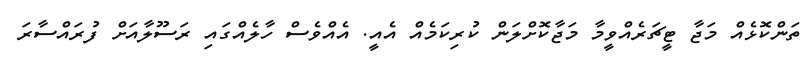
ތަންކޮޅެއް މަޖާ ޓީޗަރެއްވީމާ މަޖާކޮށްލަން ކުރިކަމެއް އެއީ. އެއްވެސް ހާލެއްގައި ރަސޫލާއަށް ފުރައްސާރަ